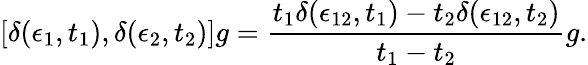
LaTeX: [\delta(\epsilon_{1},t_{1}),\delta(\epsilon_{2},t_{2})]g={\frac{t_{1}\delta(\epsilon_{12},t_{1})-t_{2}\delta(\epsilon_{12},t_{2})}{t_{1}-t_{2}}}g.